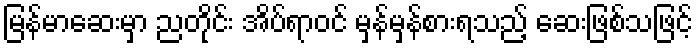
မြန်မာဆေးမှာ ညတိုင်း အိပ်ရာဝင် မှန်မှန်စားရသည့် ဆေးဖြစ်သဖြင့်